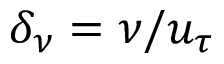
\delta _ { \nu } = \nu / u _ { \tau }